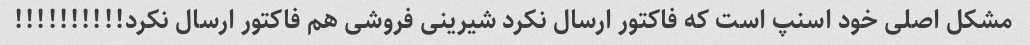
مشکل اصلی خود اسنپ است که فاکتور ارسال نکرد شیرینی فروشی هم فاکتور ارسال نکرد!!!!!!!!!!